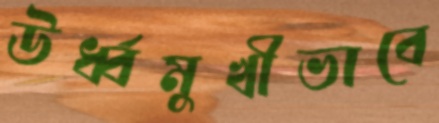
ঊর্ধ্বমুখীভাবে